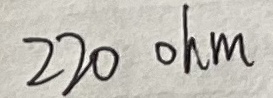
Text: 220Ω